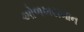
ઓળખસમાન